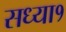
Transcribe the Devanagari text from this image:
सध्या१